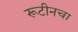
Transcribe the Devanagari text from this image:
रूटीनचा